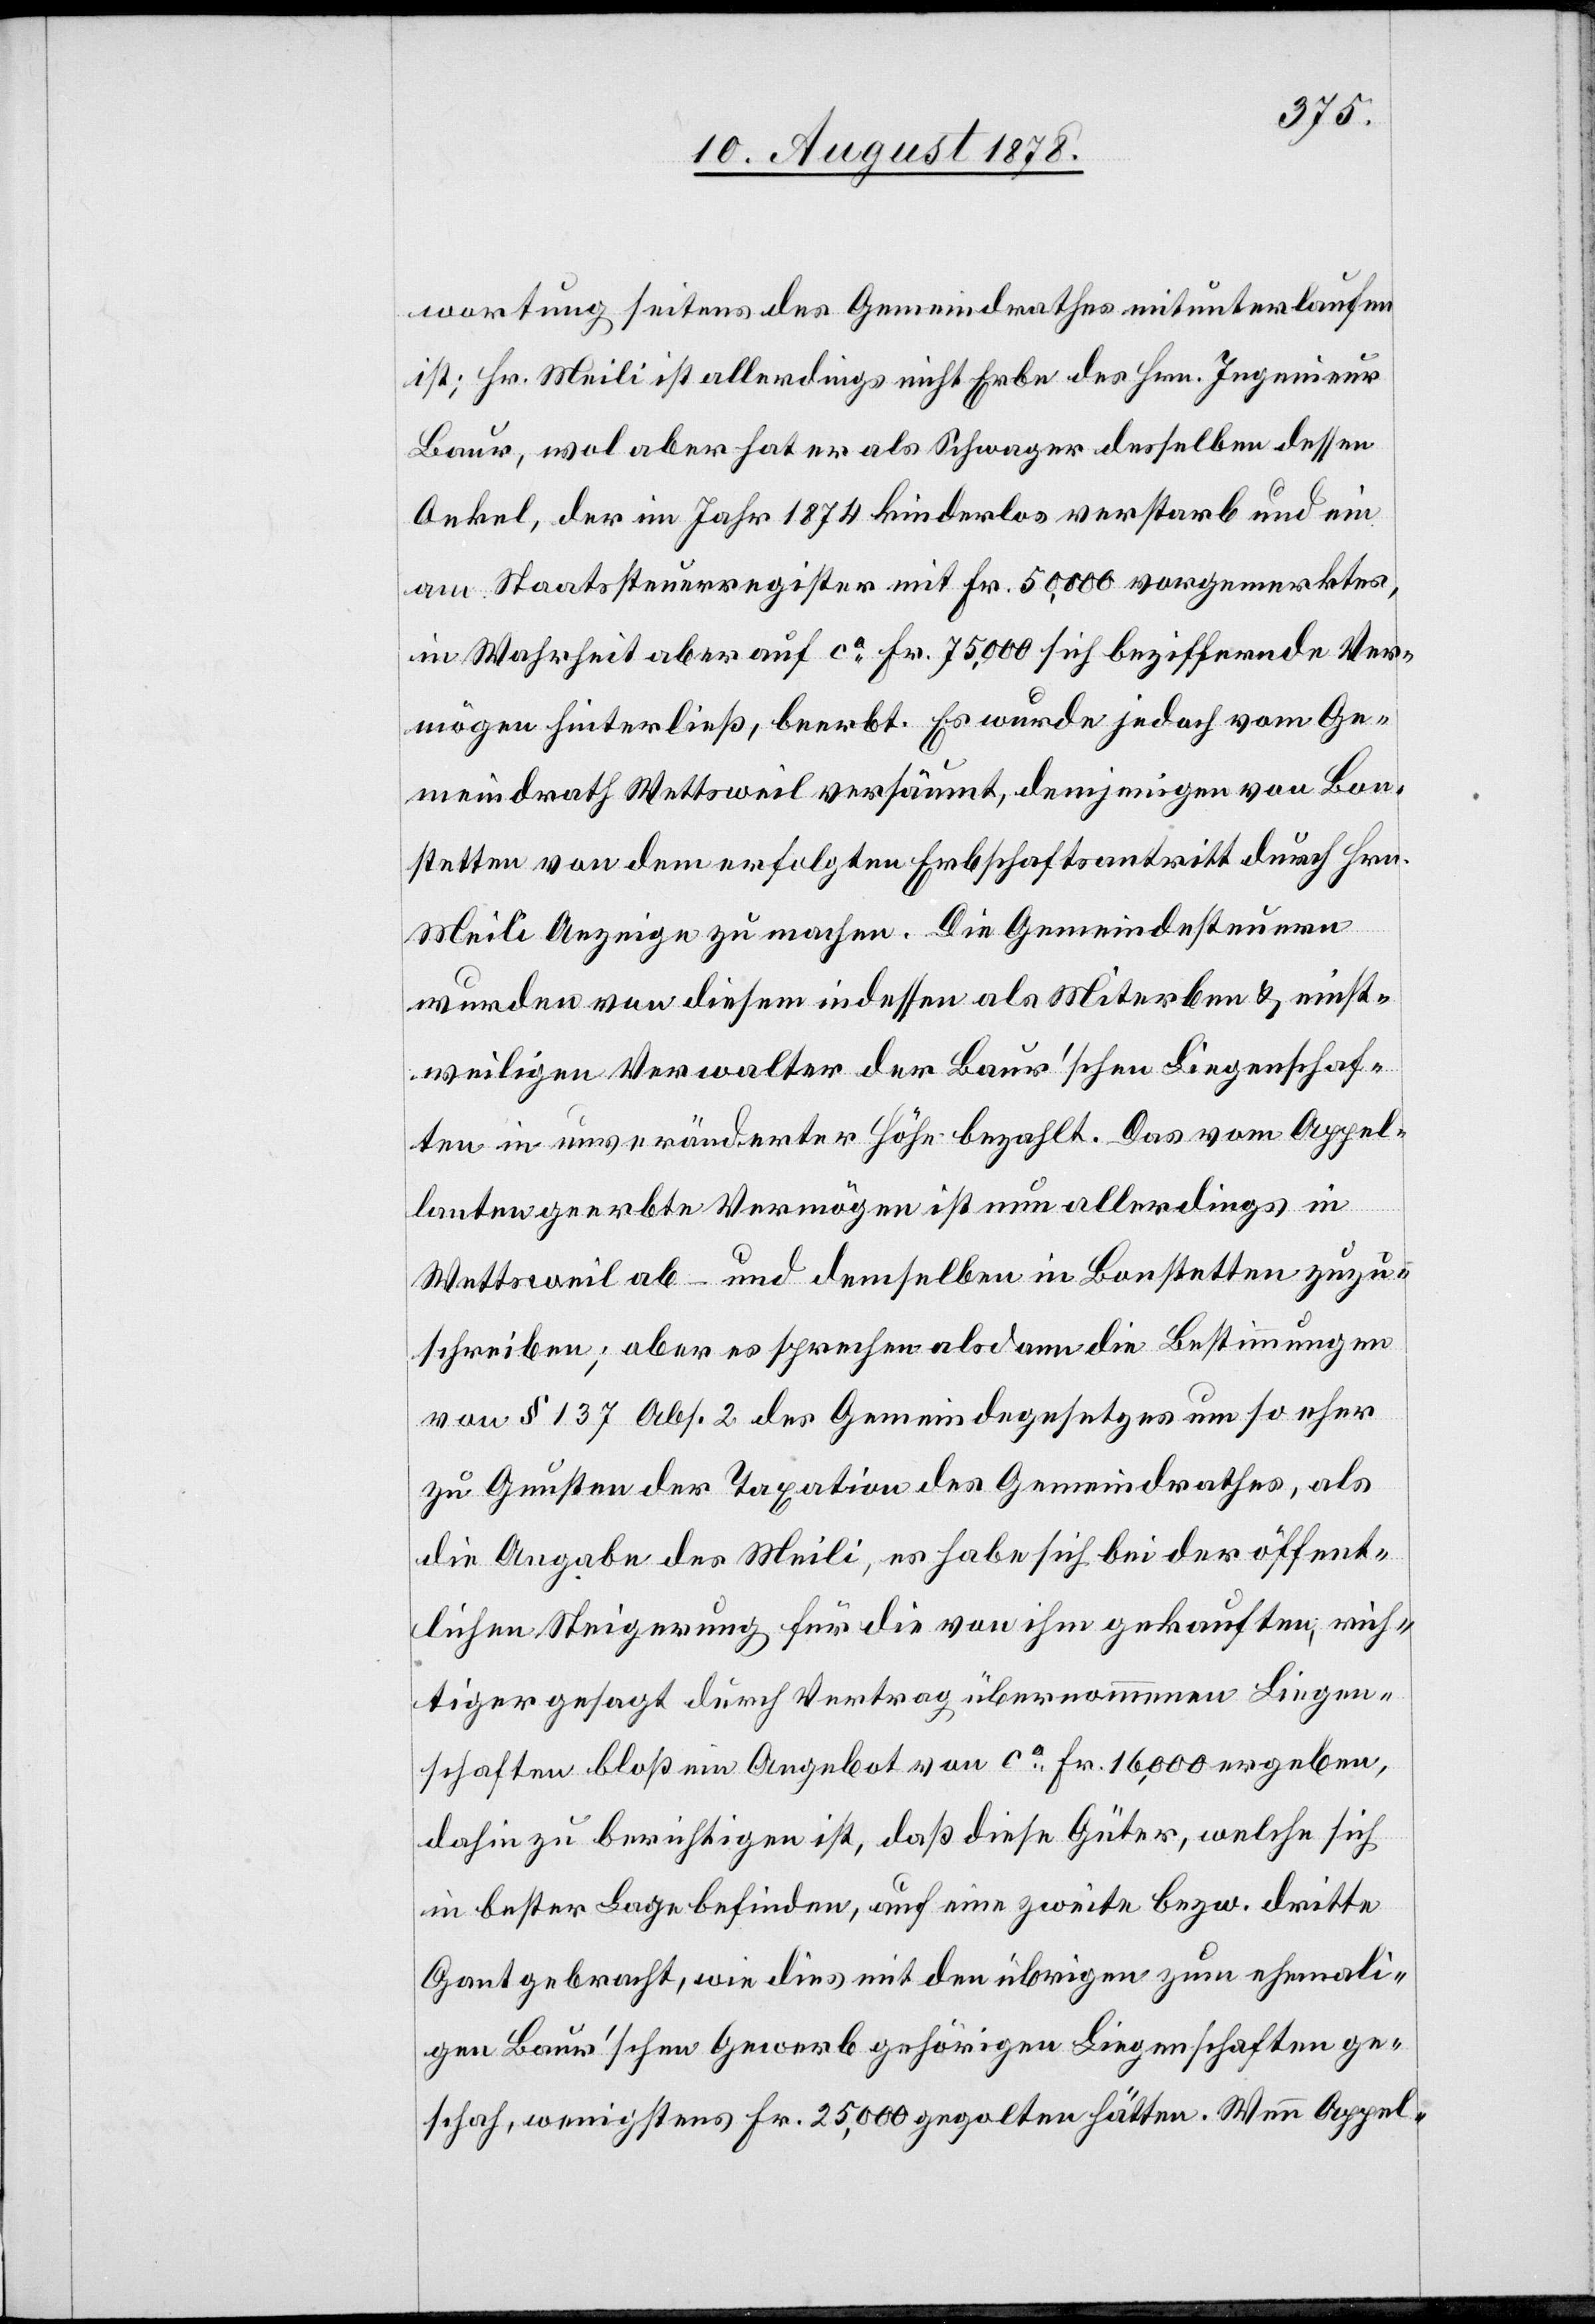
wortung seitens des Gemeindrathes mitunterlaufen
ist; Hr. Meili ist allerdings nicht Erbe des Hrn. Ingenieur
Baur, wol aber hat er als Schwager desselben dessen
Onkel, der im Jahr 1874 kinderlos verstarb und ein
am Staatssteuerregister mit Fr. 50,000 vorgemerktes,
in Wahrheit aber auf ca Fr. 75,000 sich beziffernde[s] Ver¬
mögen hinterließ, beerbt. Es wurde jedoch vom Ge¬
meindrath Wettsweil versäumt, demjenigen von Bon¬
stetten von dem erfolgten Erbschaftsantritt durch Hrn.
Meili Anzeige zu machen. Die Gemeindesteuern
wurden von diesem indessen als Miterben & einst¬
weiligen Verwalter der Baur’schen Liegenschaf¬
ten in unveränderter Höhe bezahlt. Das vom Appel¬
lanten geerbte Vermögen ist nun allerdings in
Wettsweil ab – und demselben in Bonstetten zuzu¬
schreiben; aber es sprechen alsdann die Bestimmungen
von § 137 Abs. 2 des Gemeindegesetzes um so eher
zu Gunsten der Taxation des Gemeindrathes, als
die Angabe des Meili, es habe sich bei der öffent¬
lichen Steigerung für die von ihm gekauften, rich¬
tiger gesagt durch Vertrag übernommenen Liegen¬
schaften bloß ein Angebot von ca Fr. 16,000 ergeben,
dahin zu berichtigen ist, daß diese Güter, welche sich
in bester Lage befinden, auf eine zweite bezw. dritte
Gant gebracht, wie dies mit den übrigen zum ehemali¬
gen Baur’schen Gewerb gehörigen Liegenschaften ge¬
schah, wenigstens Fr. 25,000 gegolten hätten. Wenn Appel-